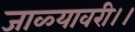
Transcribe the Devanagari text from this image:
जाळ्यावरी।।